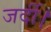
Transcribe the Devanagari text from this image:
जर्दी।